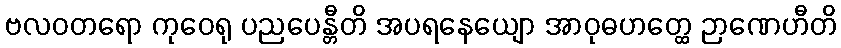
ဗလဝတရော ကုဝေရု ပညပေန္တီတိ အပရနေယျော အာဝုဓဟတ္ထေ ဉာဏေဟီတိ